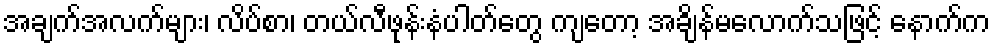
အချက်အလက်များ၊ လိပ်စာ၊ တယ်လီဖုန်းနံပါတ်တွေ ကျတော့ အချိန်မလောက်သဖြင့် နောက်က